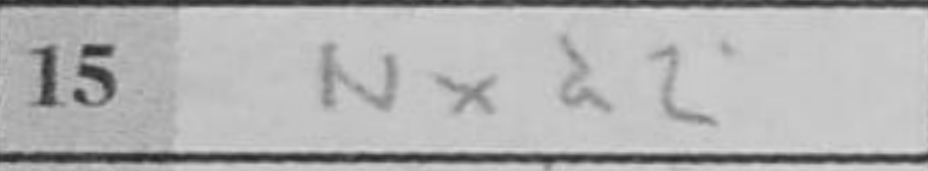
Transcription: Nxd2